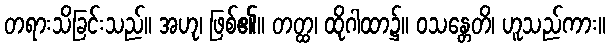
တရားသိခြင်းသည်။ အဟု၊ ဖြစ်၏။ တတ္ထ၊ ထိုဂါထာ၌။ ဝသန္တေတိ၊ ဟူသည်ကား။